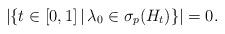
LaTeX: \begin{align*}|\{t \in [0,1] \,|\, \lambda_0 \in \sigma_{p}(H_t)\}| = 0.\end{align*}